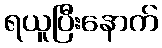
ရယူပြီးနောက်